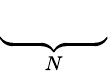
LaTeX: \underbrace{\phantom{D_{r}^{(1)}+R}}_{N}